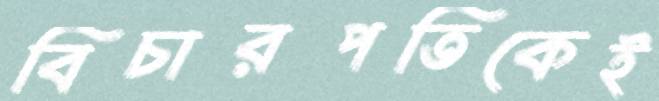
বিচারপতিকেই